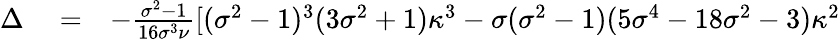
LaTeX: \begin{array}{rlr}{\Delta}&{{}=}&{-\frac{\sigma^{2}-1}{16\sigma^{3}\nu}[(\sigma^{2}-1)^{3}(3\sigma^{2}+1)\kappa^{3}-\sigma(\sigma^{2}-1)(5\sigma^{4}-18\sigma^{2}-3)\kappa^{2}}\end{array}